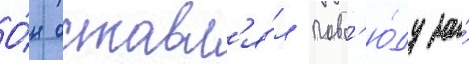
О́н оставл'я́л повс'ю́ду за́